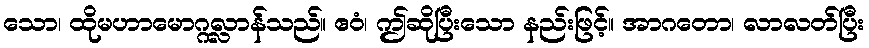
သော၊ ထိုမဟာမောဂ္ဂလ္လာန်သည်။ ဧဝံ၊ ဤဆိုပြီးသော နည်းဖြင့်။ အာဂတော၊ လာလတ်ပြီး